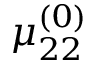
\mu _ { 2 2 } ^ { ( 0 ) }